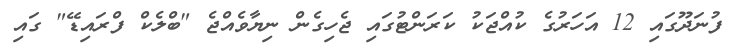
ފުނަދޫގައި 12 އަހަރުގެ ކުއްޖަކު ކަރަންޓުގައި ޖެހިގެން ނިޔާވެއްޖެ "ބްލެކް ފްރައިޑޭ" ގައި